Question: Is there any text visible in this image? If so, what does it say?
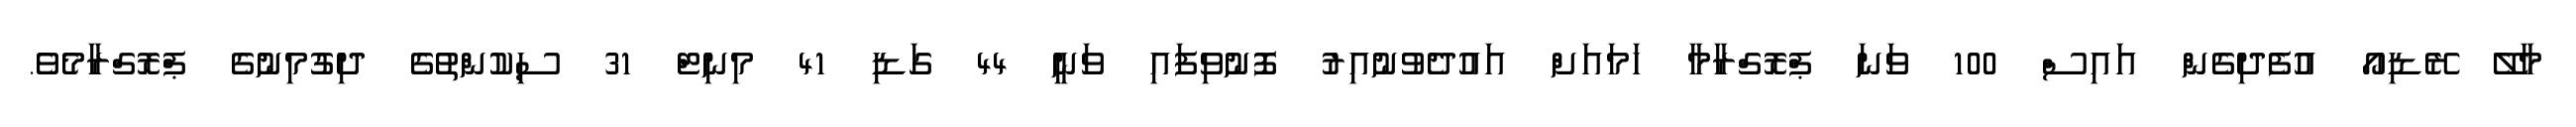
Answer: މާލޭ ރޭޑިއޯ އުފެދިގެން އައިސް 100 ވަނަ ޕްރޮގްރާމާ ހަމައަށް އައުދެވުނުއިރު ފޮނުވިފައި ވަނީ 44 ގަޑި 41 މިނިޓް 31 ސިކުންތުގެ ދިގުމިނުގެ ޕްރޮގްރާމެވެ.